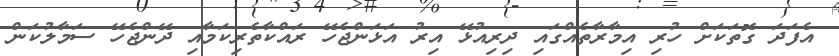
އެފަދަ ގޮތަކަށް ހުރި އިމާރާތެއްގައި ދިރިއުޅޭ އިރު އަޅަންޖެހޭ ރައްކާތެރިކަމާއި ދޭންޖެހޭ ސަމާލުކަން